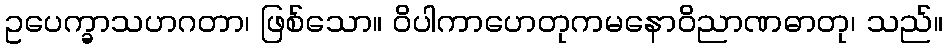
ဥပေက္ခာသဟဂတာ၊ ဖြစ်သော။ ဝိပါကာဟေတုကမနောဝိညာဏဓာတု၊ သည်။